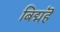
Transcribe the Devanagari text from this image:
बिद्महॆ